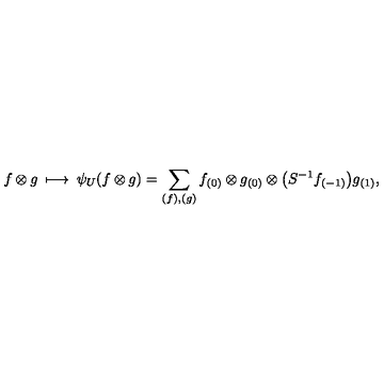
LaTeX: f \otimes g \: \longmapsto \: \psi _ { U } ( f \otimes g ) = \sum _ { ( f ) , ( g ) } f _ { ( 0 ) } \otimes g _ { ( 0 ) } \otimes \big ( S ^ { - 1 } f _ { ( - 1 ) } \big ) g _ { ( 1 ) } ,